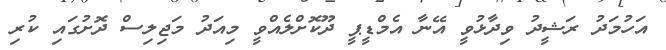
އަހުމަދު ރަޝީދު ވިދާޅުވީ އޭނާ އެމްޑީޕީ ދޫކޮށްލެއްވީ މިއަދު މަޖިލިސް ދޮށުގައި ކުރި